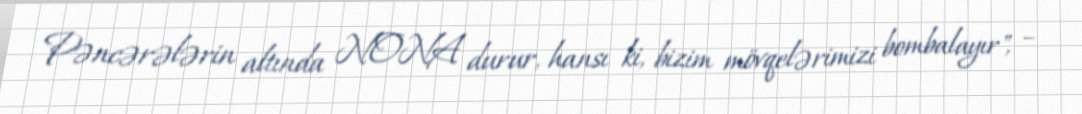
Pəncərələrin altında NONA durur, hansı ki, bizim mövqelərimizi bombalayır", –